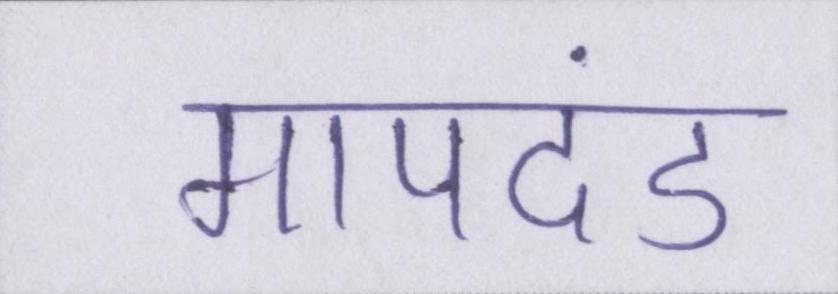
मापदंड